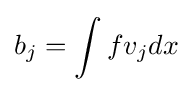
b_{j}=\int fv_{j}dx